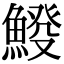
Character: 𩸿